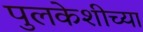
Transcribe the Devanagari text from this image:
पुलकेशीच्या